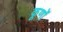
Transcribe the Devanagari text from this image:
कूणों